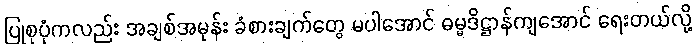
ပြုစုပုံကလည်း အချစ်အမုန်း ခံစားချက်တွေ မပါအောင် ဓမ္မဒိဋ္ဌာန်ကျအောင် ရေးတယ်လို့